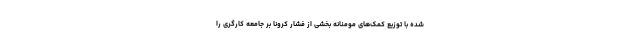
شده با توزیع کمک‌های مومنانه بخشی از فشار کرونا بر جامعه کارگری را